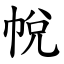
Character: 帨